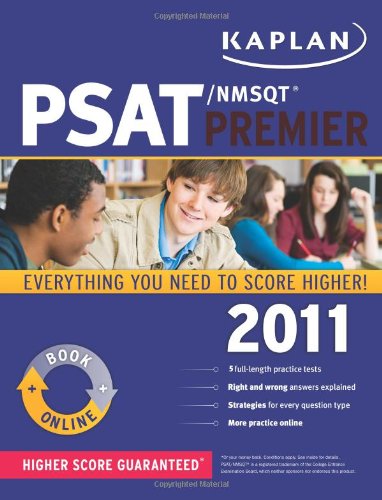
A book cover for Kaplan PSAT/NMSQT 2011 Premier; Kaplan; Test Preparation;